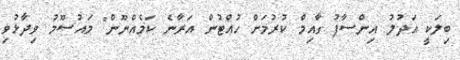
ބިލަކީ އަދުލު އިންސާފު ގާއިމް ކުރުމަށް ހުއްޓުން އަރާނެ ކަމެއްނޫން" މައުސޫމު ވިދާޅުވި